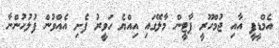
އެމްޑީޕީ އާއި ޖުމްހޫރީ ޕާޓީން މާލޭގައި އިއްޔެ ހަވީރު ފެށި އެއްވުން ފުލުހުންނާ